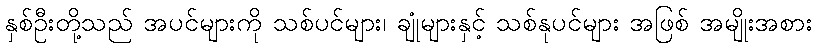
နှစ်ဦးတို့သည် အပင်များကို သစ်ပင်များ၊ ချုံများနှင့် သစ်နုပင်များ အဖြစ် အမျိုးအစား